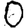
Digit: 0